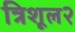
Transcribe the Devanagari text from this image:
त्रिशूल२